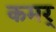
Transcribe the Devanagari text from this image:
कमर्